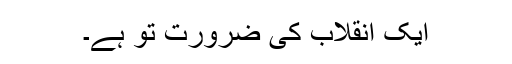
ایک انقلاب کی ضرورت تو ہے۔